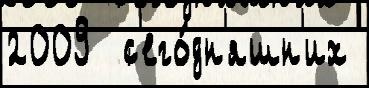
2009  с'его́дн'яшн'их